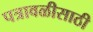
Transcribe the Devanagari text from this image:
पत्रावळीसाठी